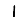
Digit: 1